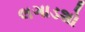
લગાડશો